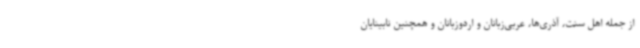
از جمله اهل‌ سنت، آذری‌ها، عربی‌زبانان و اردوزبانان و همچنین نابینایان